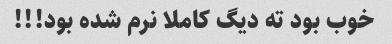
خوب بود ته دیگ کاملا نرم شده بود!!!